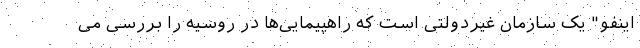
اینفو" یک سازمان غیردولتی است که راهپیمایی‌ها در روسیه را بررسی می